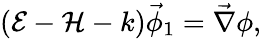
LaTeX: \begin{array}{r}{(\mathcal{E}-\mathcal{H}-k)\vec{\phi}_{1}=\vec{\nabla}\phi,}\end{array}